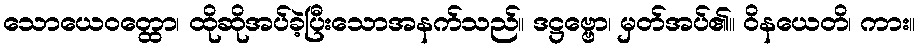
သောယေဝတ္ထော၊ ထိုဆိုအပ်ခဲ့ပြီးသောအနက်သည်။ ဒဋ္ဌဗ္ဗော၊ မှတ်အပ်၏။ ဝိနယေတိ၊ ကား။